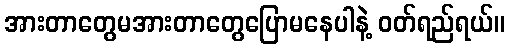
အားတာတွေမအားတာတွေပြောမနေပါနဲ့ ဝတ်ရည်ရယ်။